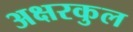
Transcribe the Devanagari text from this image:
अक्षरकुल